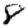
Digit: 8